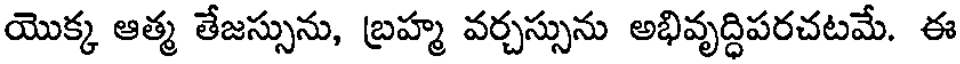
యొక్క ఆత్మ తేజస్సును, బ్రహ్మ వర్చస్సును అభివృద్ధిపరచటమే. ఈ